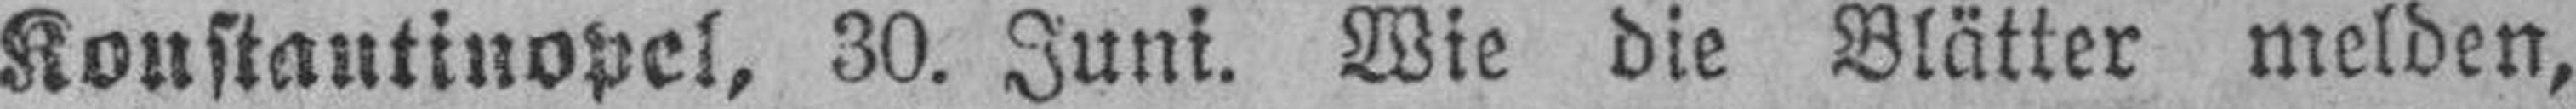
Konstantinopel, 30. Juni. Wie die Blätter melden,